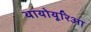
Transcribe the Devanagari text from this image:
थायोयूरिआ